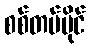
စစ်တပ်ပိုင်